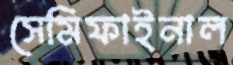
সেমিফাইনাল